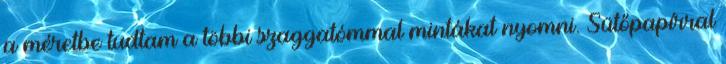
a méretbe tudtam a többi szaggatómmal mintákat nyomni. Sütőpapírral